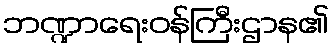
ဘဏ္ဍာရေးဝန်ကြီးဌာန၏